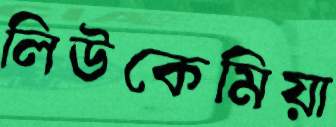
লিউকেমিয়া